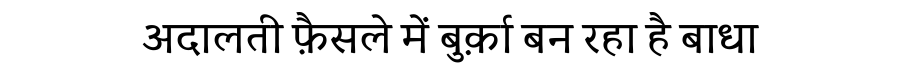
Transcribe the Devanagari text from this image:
अदालती फ़ैसले में बुर्क़ा बन रहा है बाधा